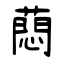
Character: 蕄